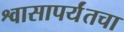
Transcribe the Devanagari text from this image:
श्वासापर्यंतचा